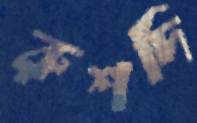
রুশদি